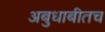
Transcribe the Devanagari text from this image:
अबुधाबीतच